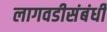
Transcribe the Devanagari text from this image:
लागवडीसंबंधी